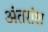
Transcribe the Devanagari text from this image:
अंतरांश